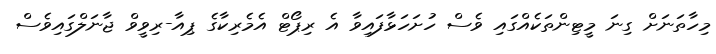
މިހާތަނަށް ގިނަ މީޓިންތަކެއްގައި ވެސް ހުށަހަޅާފައިވާ އެ ރިޕޯޓް އެމެރިކާގެ ޕިއާ-ރިވީވް ޖާނަލްގައިވެސް